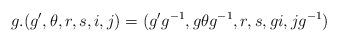
LaTeX: \begin{align*}g.(g',\theta,r,s,i,j) = (g'g^{-1},g\theta g^{-1},r,s,gi,jg^{-1})\end{align*}